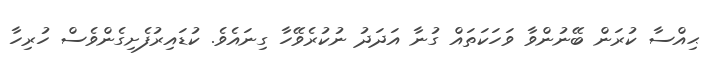
ޙިއްސާ ކުރަން ބޭނުންވާ ވަހަކަތައް ގުނާ އަދަދު ނުކުރެވޭހާ ގިނައެވެ. ކުޑައިރުފެށިގެންވެސް ހުރިހާ